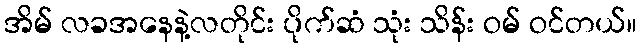
အိမ် လခအနေနဲ့လတိုင်း ပိုက်ဆံ သုံး သိန်း ဝမ် ဝင်တယ်။